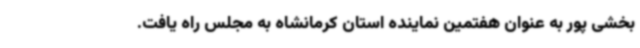
بخشی پور به عنوان هفتمین نماینده استان کرمانشاه به مجلس راه یافت.